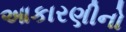
આકારણીનો